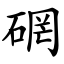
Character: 䃃